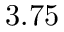
3 . 7 5